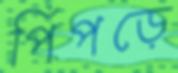
পিঁপড়ে